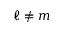
\ell \neq m